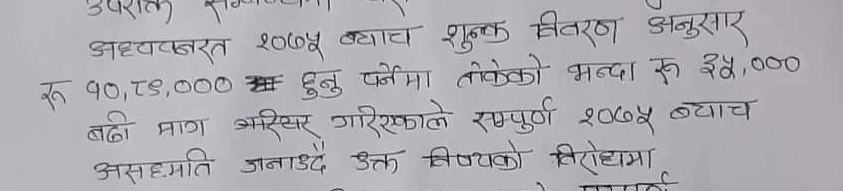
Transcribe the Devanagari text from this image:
अध्यक्षबरत्त २०७५ ब्याज शुल्क विवरण अनुसार
रु १०,८०,००० छ हुनु पर्नेमा तोकेको भन्दा रु ३५,०००
बढी माग गरिएकाले सम्पूर्ण २०७५ ब्याज
असहम्मति जनाउँदै उक्त विषयको विरोधमा